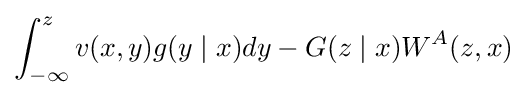
\int _{-\infty }^{z}v(x,y)g(y\mid x)dy-G(z\mid x)W^{A}(z,x)